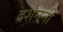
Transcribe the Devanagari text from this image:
दर्शननी